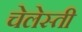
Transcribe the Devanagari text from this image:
चेलेस्ती